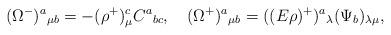
LaTeX: \begin{align*}(\Omega^-)^a{}_{\mu b}=-(\rho^+)^c_\mu C^a{}_{bc},\quad(\Omega^+)^a{}_{\mu b}=((E\rho)^+)^a{}_{\lambda}(\Psi_b)_{\lambda\mu},\end{align*}